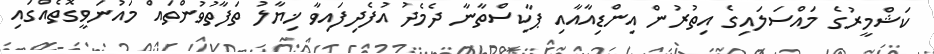
ކަޝްމީރުގެ މައްސަލައިގެ އިތުރުން އިންޑިއާއާއި ޕާކިސްތާނާ ދެމެދު އުފެދިފައިވާ ޚިޔާލު ތަފާތުވުންތައް މައުނަވީގޮތެއްގައި